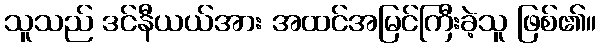
သူသည် ဒင်နီယယ်အား အထင်အမြင်ကြီးခဲ့သူ ဖြစ်၏။